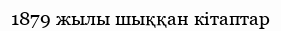
1879 жылы шыққан кітаптар